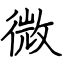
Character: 微